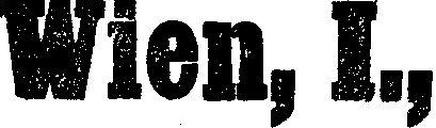
Wien, I.,